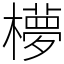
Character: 𬄺